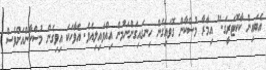
އެބައިން ކާކޮޓަރީގަ." އިމާރާ މުސްކާން ގޮވައިގެން ހިނގައިގަންނަމުން އިއްވައިލިއެވެ. އެވާހަކަ އިވިގެން މުސްކާންއަށްވެސް